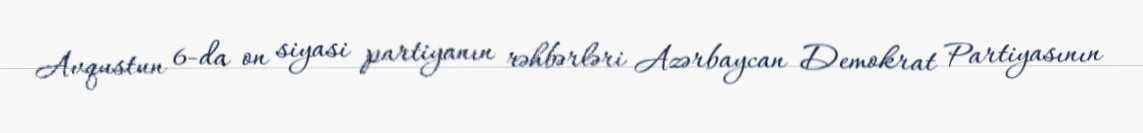
Avqustun 6-da on siyasi partiyanın rəhbərləri Azərbaycan Demokrat Partiyasının